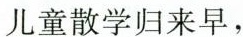
儿童散学归来早，